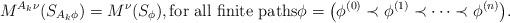
LaTeX: \begin{align*}M^{A_k\nu}(S_{A_k\phi}) = M^{\nu}(S_{\phi}), \textrm{for all finite paths} \phi = \big(\phi^{(0)} \prec \phi^{(1)} \prec \cdots \prec \phi^{(n)}\big).\end{align*}